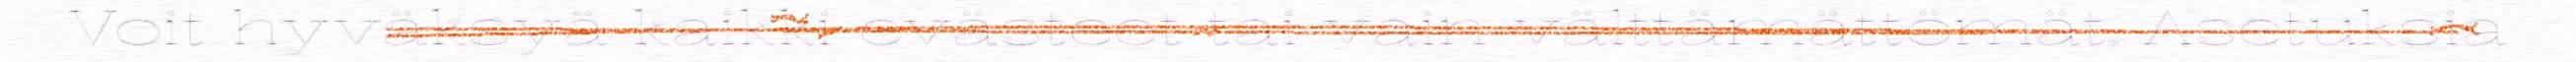
Voit hyväksyä kaikki evästeet tai vain välttämättömät. Asetuksia